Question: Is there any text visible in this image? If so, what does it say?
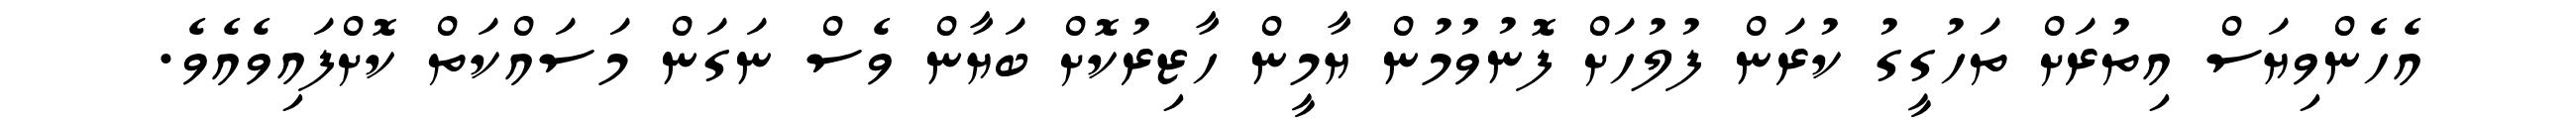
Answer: އެހެންވިޔަސް އިތުރަށް ތަހުގީގު ކުރަން ފުލުހަށް ފޮނުވުމުން ޔާމީން ހާޒިރުކޮށް ބަޔާން ވެސް ނަގަން މަސައްކަތް ކޮށްފައިވެއެވެ.